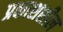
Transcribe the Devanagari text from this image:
प्रकाशशील